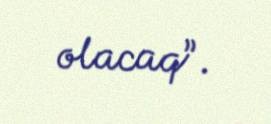
olacaq”.